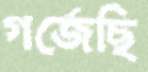
গর্জেছি